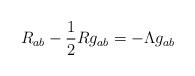
LaTeX: \begin{align*}R_{ab}-\frac{1}{2}Rg_{ab}=-\Lambda g_{ab}\end{align*}